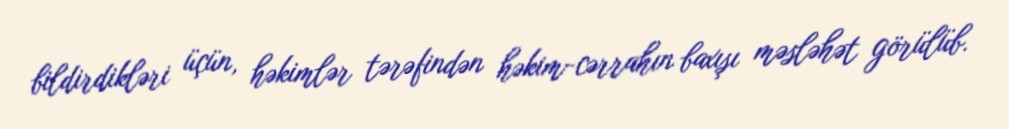
bildirdikləri üçün, həkimlər tərəfindən həkim-cərrahın baxışı məsləhət görülüb.